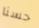
حسنا